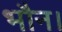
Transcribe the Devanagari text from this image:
भौन।